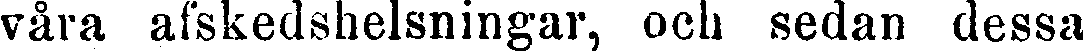
våra afskedshelsningar, och sedan dessa